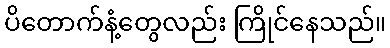
ပိတောက်နံ့တွေလည်း ကြိုင်နေသည်။